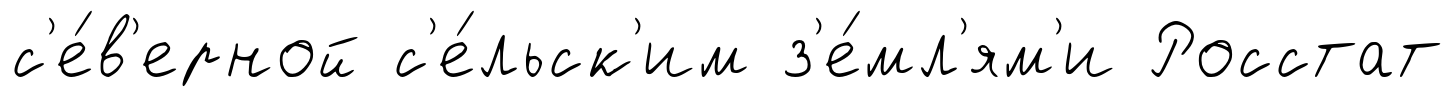
с'е́в'ерной с'е́льск'им з'е́мл'ям'и Росстат